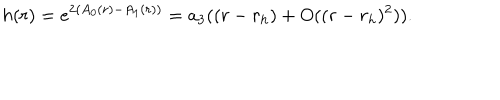
h ( r ) = e ^ { 2 ( A _ { 0 } ( r ) - A _ { 1 } ( r ) ) } = a _ { 3 } ( ( r - r _ { h } ) + O ( ( r - r _ { h } ) ^ { 2 } ) ) .